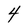
Character: 4